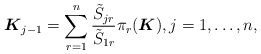
\begin{gather*} \boldsymbol{K}_{j-1}=\sum _{r=1}^n \frac{ \tilde{S}_{jr}}{ \tilde{S}_{1r}} \pi_r(\boldsymbol{K}), j=1,\ldots,n ,\end{gather*}